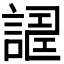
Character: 𧪀